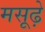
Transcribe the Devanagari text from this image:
मसूढ़े